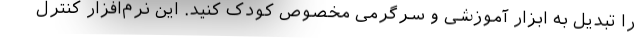
را تبدیل به ابزار آموزشی و سرگرمی مخصوص کودک کنید. این نرم‌افزار کنترل